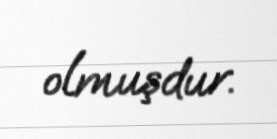
olmuşdur.